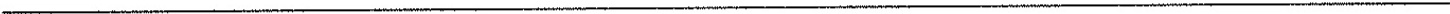
___